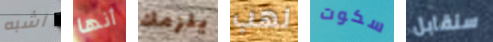
اشبه أنها يلزمك لهب سكوت سنقابل